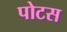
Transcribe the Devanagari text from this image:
पोटस